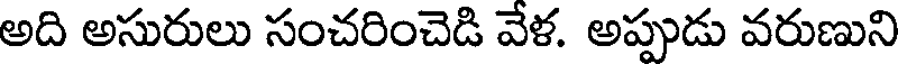
అది అసురులు సంచరించెడి వేళ. అప్పుడు వరుణుని